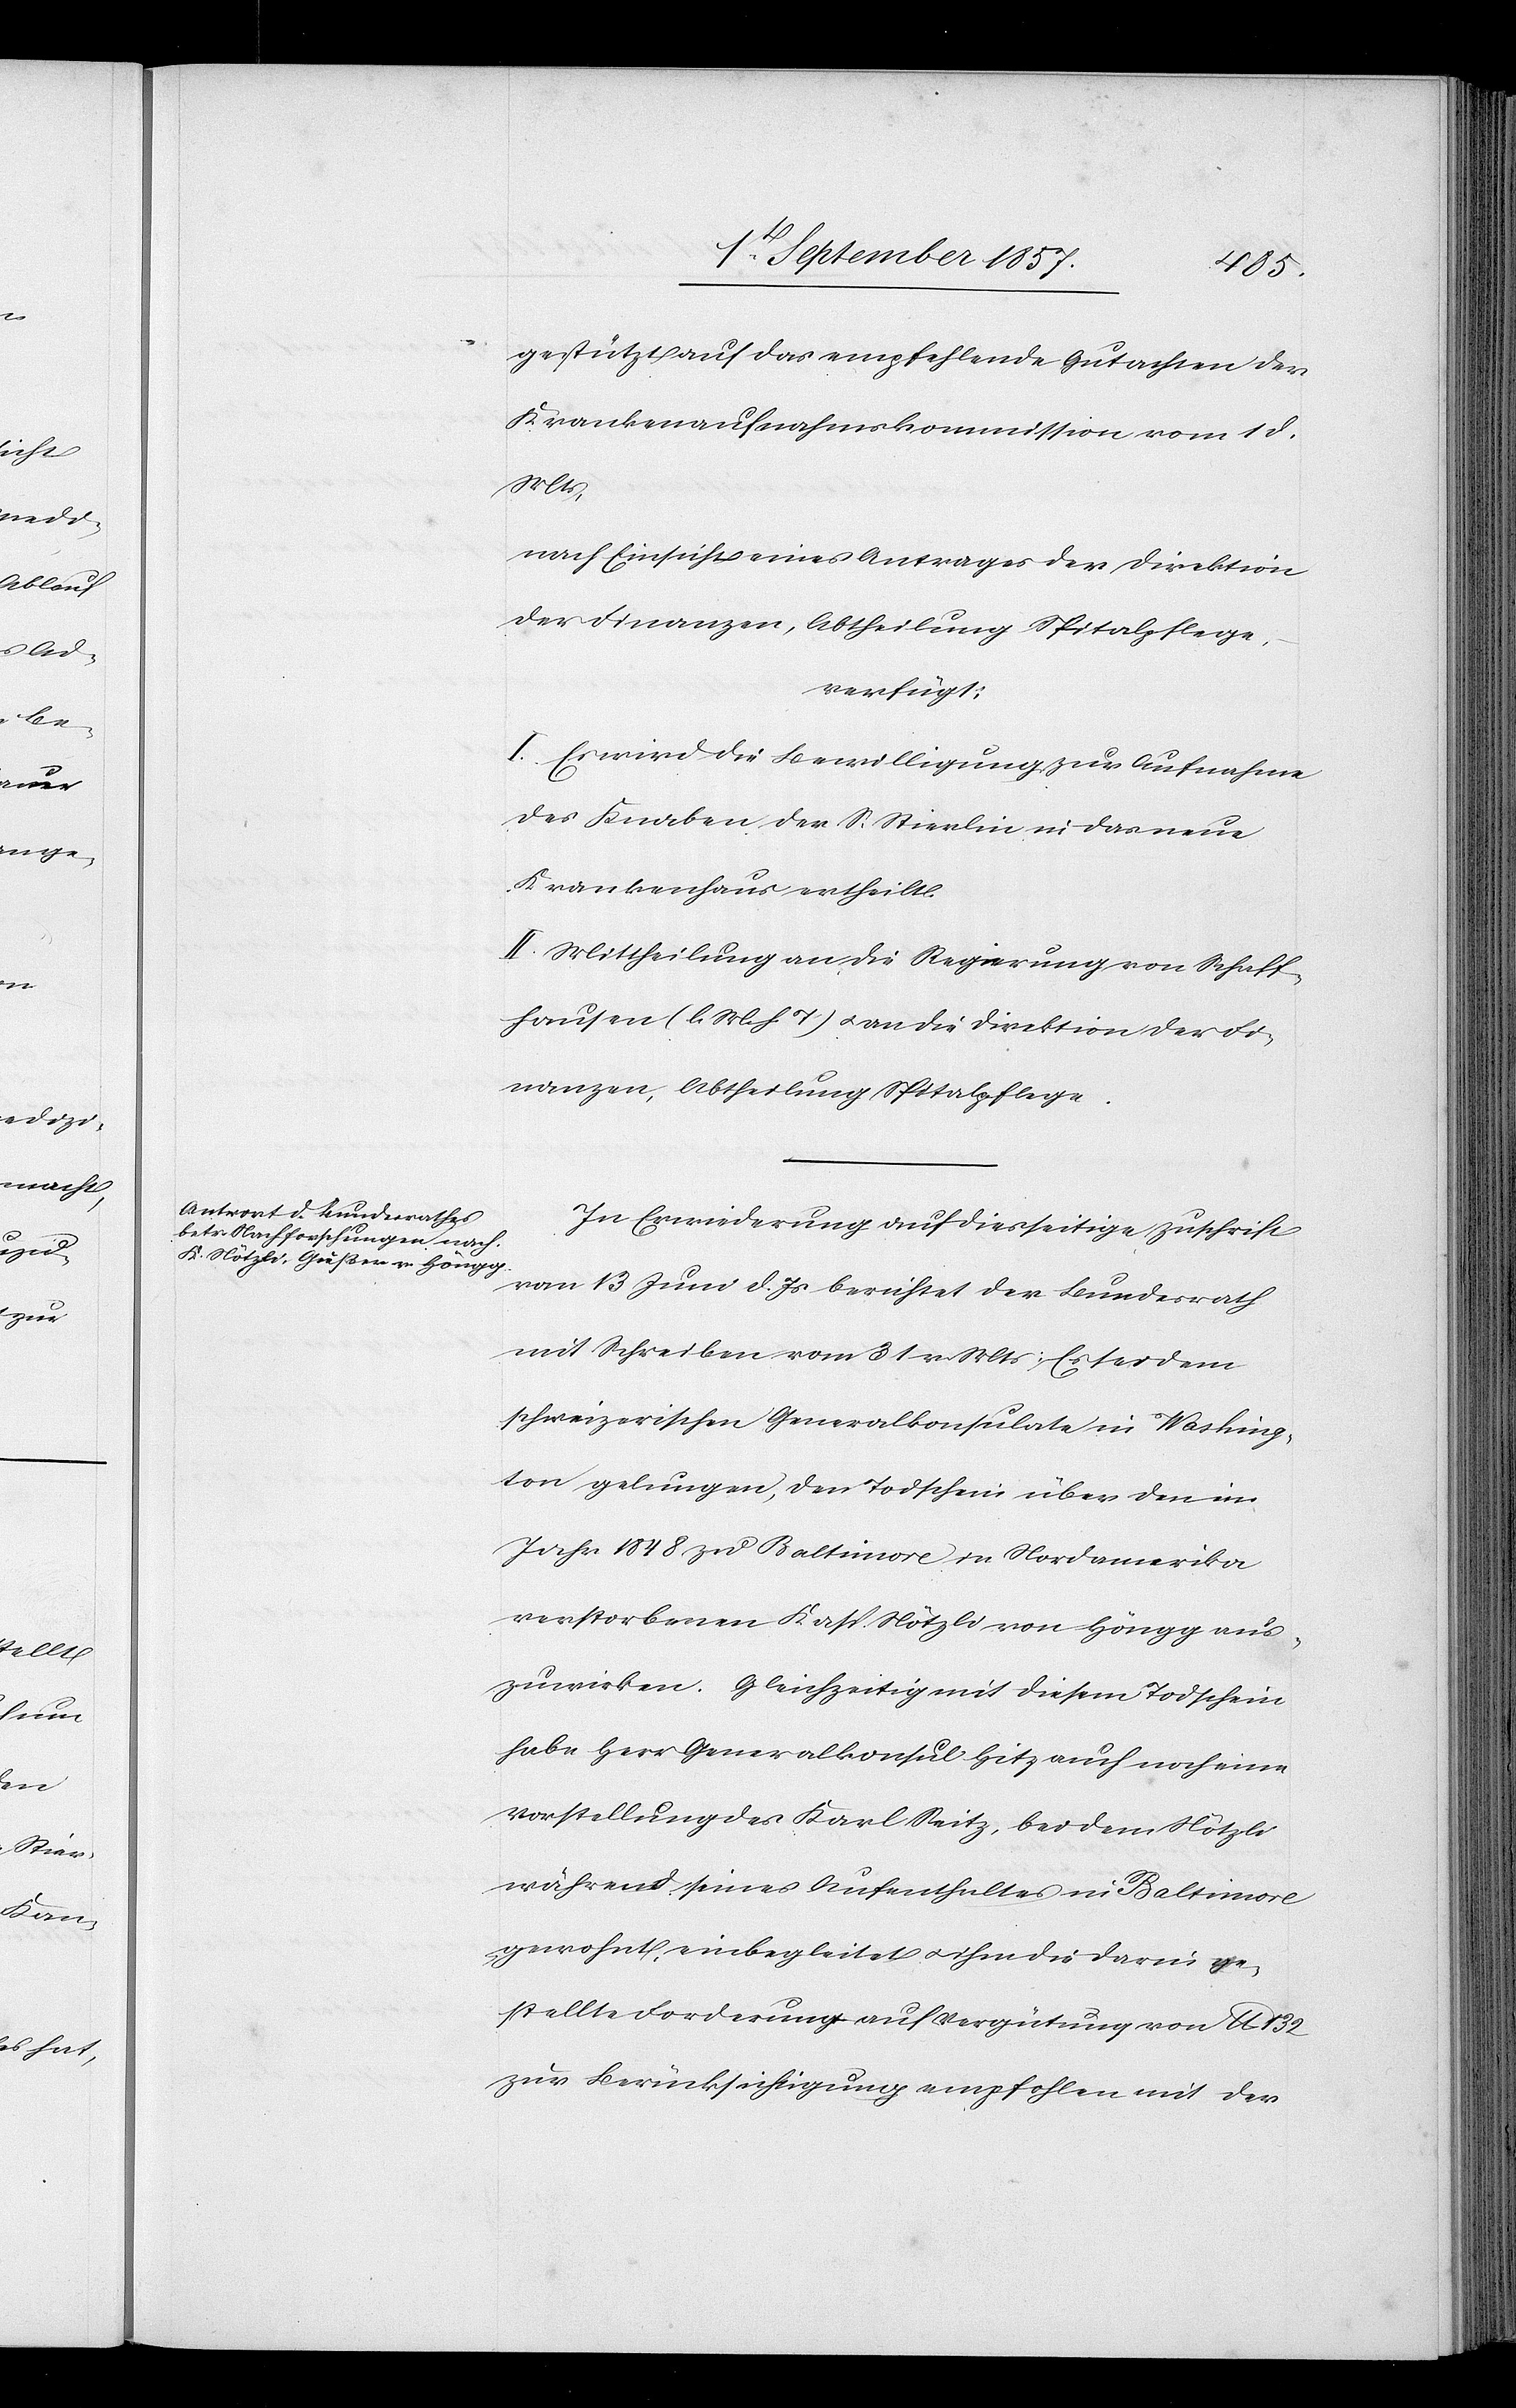
3t September 1857.]
132
gestützt auf das empfehlende Gutachten der
Krankenaufnahmskommission vom 1 d.
Mts.,
nach Einsicht eines Antrages der Direktion
der Finanzen, Abtheilung Spitalpflege,
verfügt:
I. Es wird die Bewilligung zur Aufnahme
des Knaben der S. Stierlin in das neue
Krankenhaus ertheilt.
II. Mittheilung an die Regierung von Schaff¬
hausen [l. M. h. T] & an die Direktion der Fi¬
nanzen, Abtheilung Spitalpflege.
In Erwiederung auf diesseitige Zuschrift
vom 13 Juni d. Js. berichtet der Bundesrath
mit Schreiben vom 31 v. Mts.: Es sei dem
schweizerischen Generalkonsulate in Washing¬
ton gelungen, den Todschein über den im
Jahr 1848 zu Baltimore in Nordamerika
verstorbenen Kasp. Nötzli von Höngg aus¬
zuwirken. Gleichzeitig mit diesem Todschein
habe Herr Generalkonsul Hitz auch noch eine
Vorstellung des Karl Seitz, bei dem Nötzli
während seines Aufenthaltes in Baltimore
gewohnt, einbegleitet & ihm die darin ge¬
stellte Forderung auf Vergütung von lb.
zur Berücksichtigung empfohlen mit der